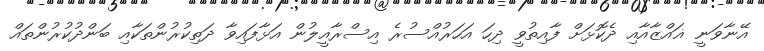
އޭނާވަނީ ޣައްޒާއާއި ދެކޮޅަށް ފާއިތުވީ ދިހަ އަހަރުއްސުރެ އިސްރާއީލުން އަޅާފައިވާ ދަތިކުރުންތަކާއި ބަންދުކުރުންތައް